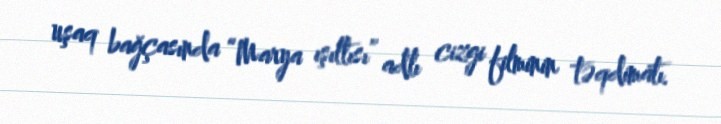
uşaq bağçasında “Marya ışıltısı” adlı cizgi filminin təqdimatı.